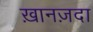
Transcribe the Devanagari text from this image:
ख़ानज़दा